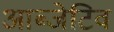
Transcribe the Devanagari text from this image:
आब्जेटिव